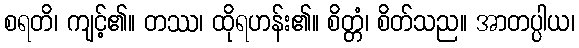
စရတိ၊ ကျင့်၏။ တဿ၊ ထိုရဟန်း၏။ စိတ္တံ၊ စိတ်သည။ အာတပ္ပါယ၊